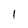
Character: I